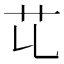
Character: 𦫷